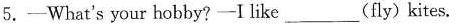
5.—What's your hobby?-I like___(fly)kites,